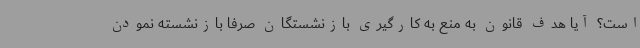
است؟ آیا هدف قانون به منع به کارگیری بازنشستگان صرفا بازنشسته نمودن